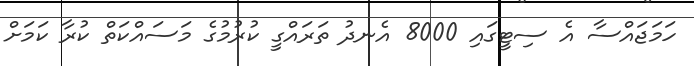
ހަމަޖައްސާ އެ ސިޓީގައި 8000 އެނދު ތަރައްގީ ކުރުމުގެ މަސައްކަތް ކުރާ ކަމަށް